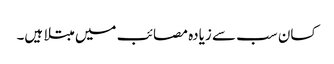
کسان سب سے زیادہ مصائب میں مبتلا ہیں۔